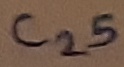
Text: C25